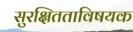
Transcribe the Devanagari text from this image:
सुरक्षितताविषयक